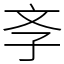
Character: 斈